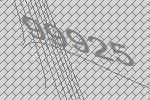
99925